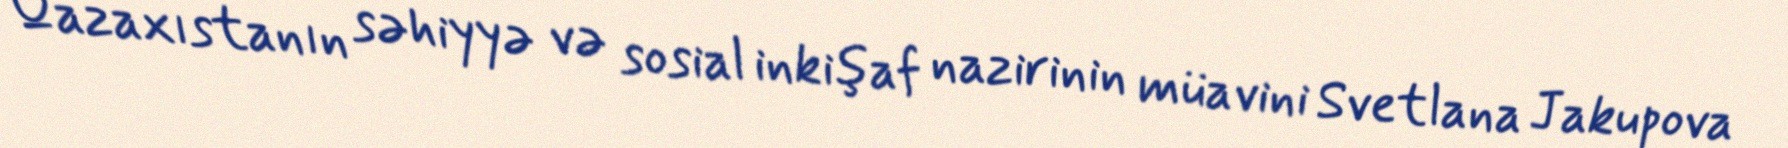
Qazaxıstanın səhiyyə və sosial inkişaf nazirinin müavini Svetlana Jakupova